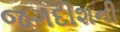
જગદીશની